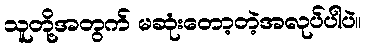
သူတို့အတွက် မဆုံးတော့တဲ့အလုပ်ပါပဲ။